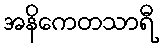
အနိကေတသာရီ